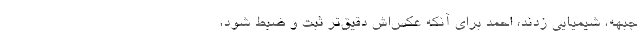
جبهه، شیمیایی زدند، احمد برای آنکه عکس‌اش دقیق‌تر ثبت‌ و ضبط شود،